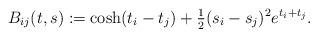
LaTeX: \begin{align*}B_{ij}(t,s) &:= \cosh(t_i - t_j)+\tfrac12 (s_i-s_j)^2 e^{t_i+t_j}.\end{align*}